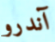
آندرو